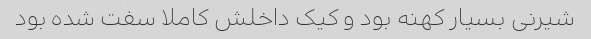
شیرنی بسیار کهنه بود و کیک داخلش کاملا سفت شده بود